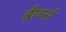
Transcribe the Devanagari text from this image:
ब्रीवर्स